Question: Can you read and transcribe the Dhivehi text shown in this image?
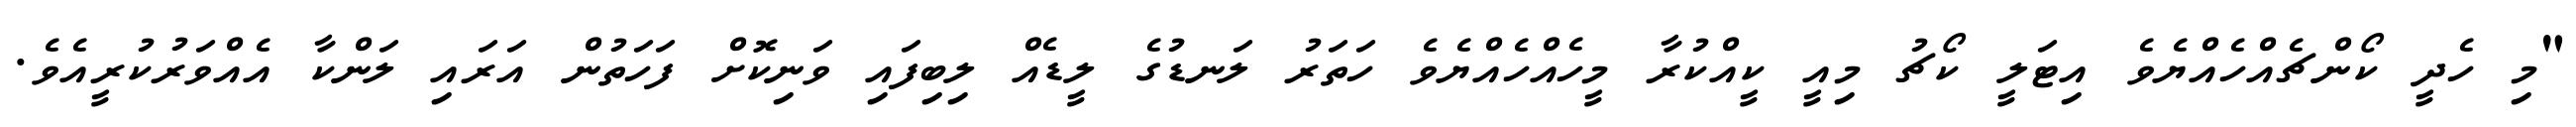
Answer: "މި ހެދީ ކޯންޗެއްހެއްޔެވެ އިޓަލީ ކޯޗު މިއީ ކީއްކުރާ މީހެއްހެއްޔެވެ ހަތަރު ލަނޑުގެ ލީޑެއް ލިބިފައި ވަނިކޮށް ފަހަތުން އަރައި ލަންކާ އެއްވަރުކުރީއެވެ.